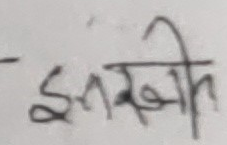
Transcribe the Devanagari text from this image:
इनखि